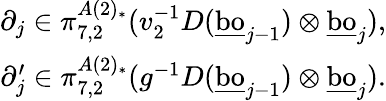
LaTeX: \begin{array}{r}{\partial_{j}\in\pi_{7,2}^{A(2)_{*}}(v_{2}^{-1}D(\underline{{\mathrm{bo}}}_{j-1})\otimes\underline{{\mathrm{bo}}}_{j}),}\\ {\partial_{j}^{\prime}\in\pi_{7,2}^{A(2)_{*}}(g^{-1}D(\underline{{\mathrm{bo}}}_{j-1})\otimes\underline{{\mathrm{bo}}}_{j}).}\end{array}